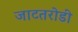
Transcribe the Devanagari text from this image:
जाटतरोडी